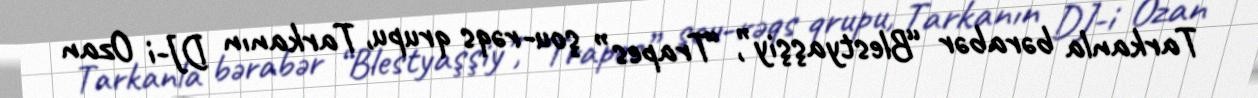
Tarkanla bərabər “Blestyaşşiy”, “Trapes” şou-rəqs qrupu, Tarkanın DJ-i Ozan